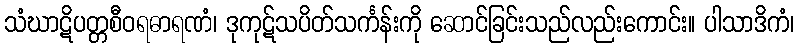
သံဃာဋိပတ္တစီဝရဓာရဏံ၊ ဒုကုဋ်သပိတ်သင်္ကန်းကို ဆောင်ခြင်းသည်လည်းကောင်း။ ပါသာဒိကံ၊